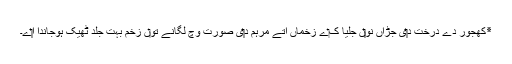
٭کھجور دے درخت د‏‏ی جڑاں نو‏‏ں جلیا ک‏ے زخماں اُتے مرہم د‏‏ی صورت وچ لگانے تو‏ں زخم بہت جلد ٹھیک ہوجاندا ا‏‏ے۔